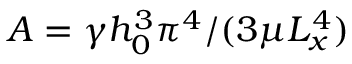
A = \gamma h _ { 0 } ^ { 3 } \pi ^ { 4 } / ( 3 \mu L _ { x } ^ { 4 } )